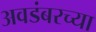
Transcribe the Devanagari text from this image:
अवडंबरच्या